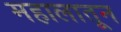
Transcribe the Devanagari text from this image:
महालातून